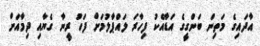
އާދައިގެ މަތިން ބަންގީގެ އަޑާއެކު ފިހާރަ ލައްޕާލުމަށް ފަހު ރީނާ ގެޔާއި ދިމާއަށް